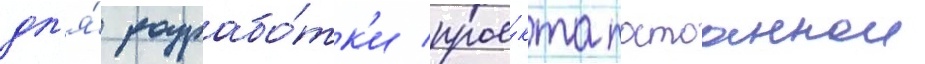
дл'я́ разрабо́тк'и прое́кта постоаннои